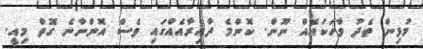
މުޅިން ތެދު ވާހަކައެއް ނޫން. ކޮންމެ ދާއިރާއެއްގައި ވެސް އޮންނާނެ ގޮތް މިއީ.